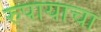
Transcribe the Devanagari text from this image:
रुपायाचा